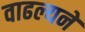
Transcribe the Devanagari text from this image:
वाढल्यने